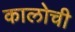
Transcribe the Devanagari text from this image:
कालोची